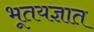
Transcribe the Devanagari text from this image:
भूतयज्ञात